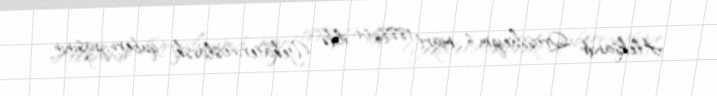
Aleksandr Qrossheym 6 mart 1888-ci ildə Yekaterinoslavski quberniyasının